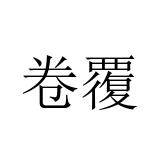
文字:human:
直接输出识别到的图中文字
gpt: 卷覆